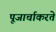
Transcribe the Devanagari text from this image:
पूजार्चाकरते